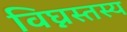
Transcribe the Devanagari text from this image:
विघ्नस्तस्य